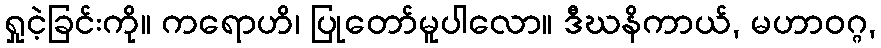
ရှုငဲ့ခြင်းကို။ ကရောဟိ၊ ပြုတော်မူပါလော။ ဒီဃနိကာယ်, မဟာဝဂ္ဂ,